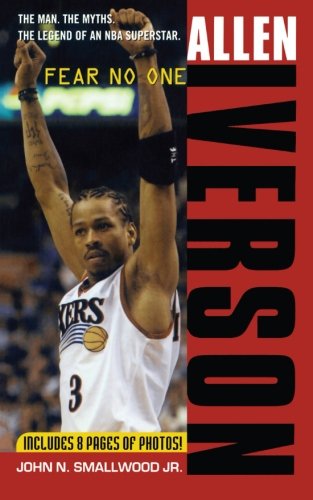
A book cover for Allen Iverson: Fear no One; Jr. John N. Smallwood Jr.; Biographies & Memoirs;